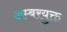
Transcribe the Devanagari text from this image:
अम्बरयुक्त